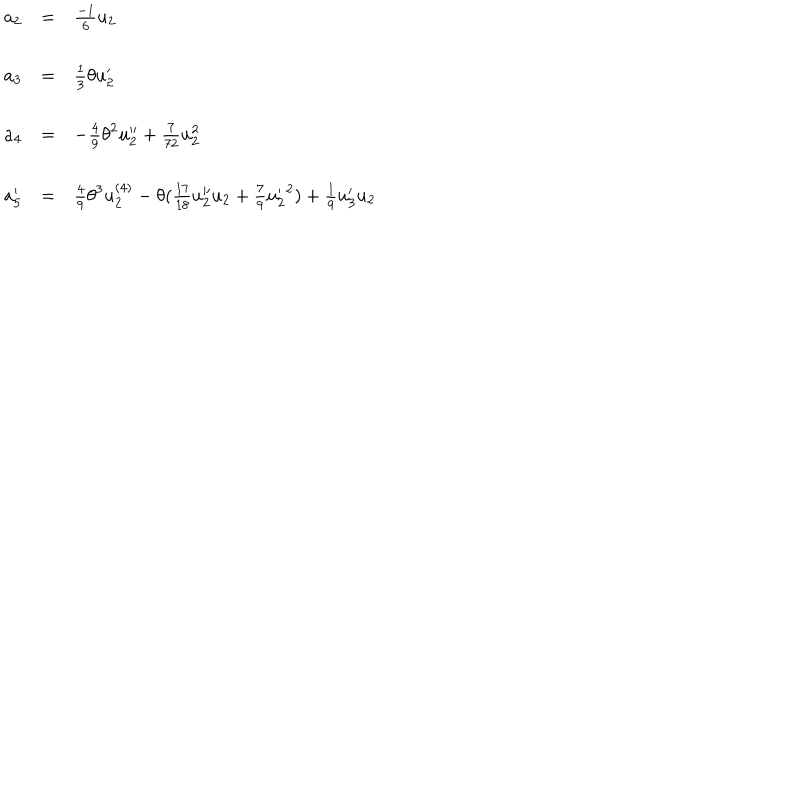
LaTeX: \begin{array} { l c l } { { a _ { 2 } } } & { { = } } & { { \frac { - 1 } { 6 } u _ { 2 } } } \\ { { a _ { 3 } } } & { { = } } & { { \frac { 1 } { 3 } \theta u _ { 2 } ^ { \prime } } } \\ { { a _ { 4 } } } & { { = } } & { { - \frac { 4 } { 9 } { \theta } ^ { 2 } u _ { 2 } ^ { \prime \prime } + \frac { 7 } { 7 2 } u _ { 2 } ^ { 2 } } } \\ { { a _ { 5 } ^ { \prime } } } & { { = } } & { { \frac { 4 } { 9 } { \theta } ^ { 3 } u _ { 2 } ^ { ( 4 ) } - \theta ( \frac { 1 7 } { 1 8 } u _ { 2 } ^ { \prime \prime } u _ { 2 } + \frac { 7 } { 9 } { u _ { 2 } ^ { \prime } } ^ { 2 } ) + \frac { 1 } { 9 } u _ { 3 } ^ { \prime } u _ { 2 } } } \\ \end{array}